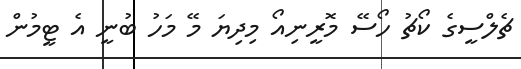
ޗެލްސީގެ ކޯޗު ހޯސޭ މޮރީނިއޯ މިދިޔަ މޭ މަހު ބުނީ އެ ޓީމުން